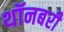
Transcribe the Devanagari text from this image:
थॉनबरी